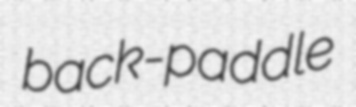
back-paddle